Eesti_Vabariigi_Tartu_Ulikool, lk 298
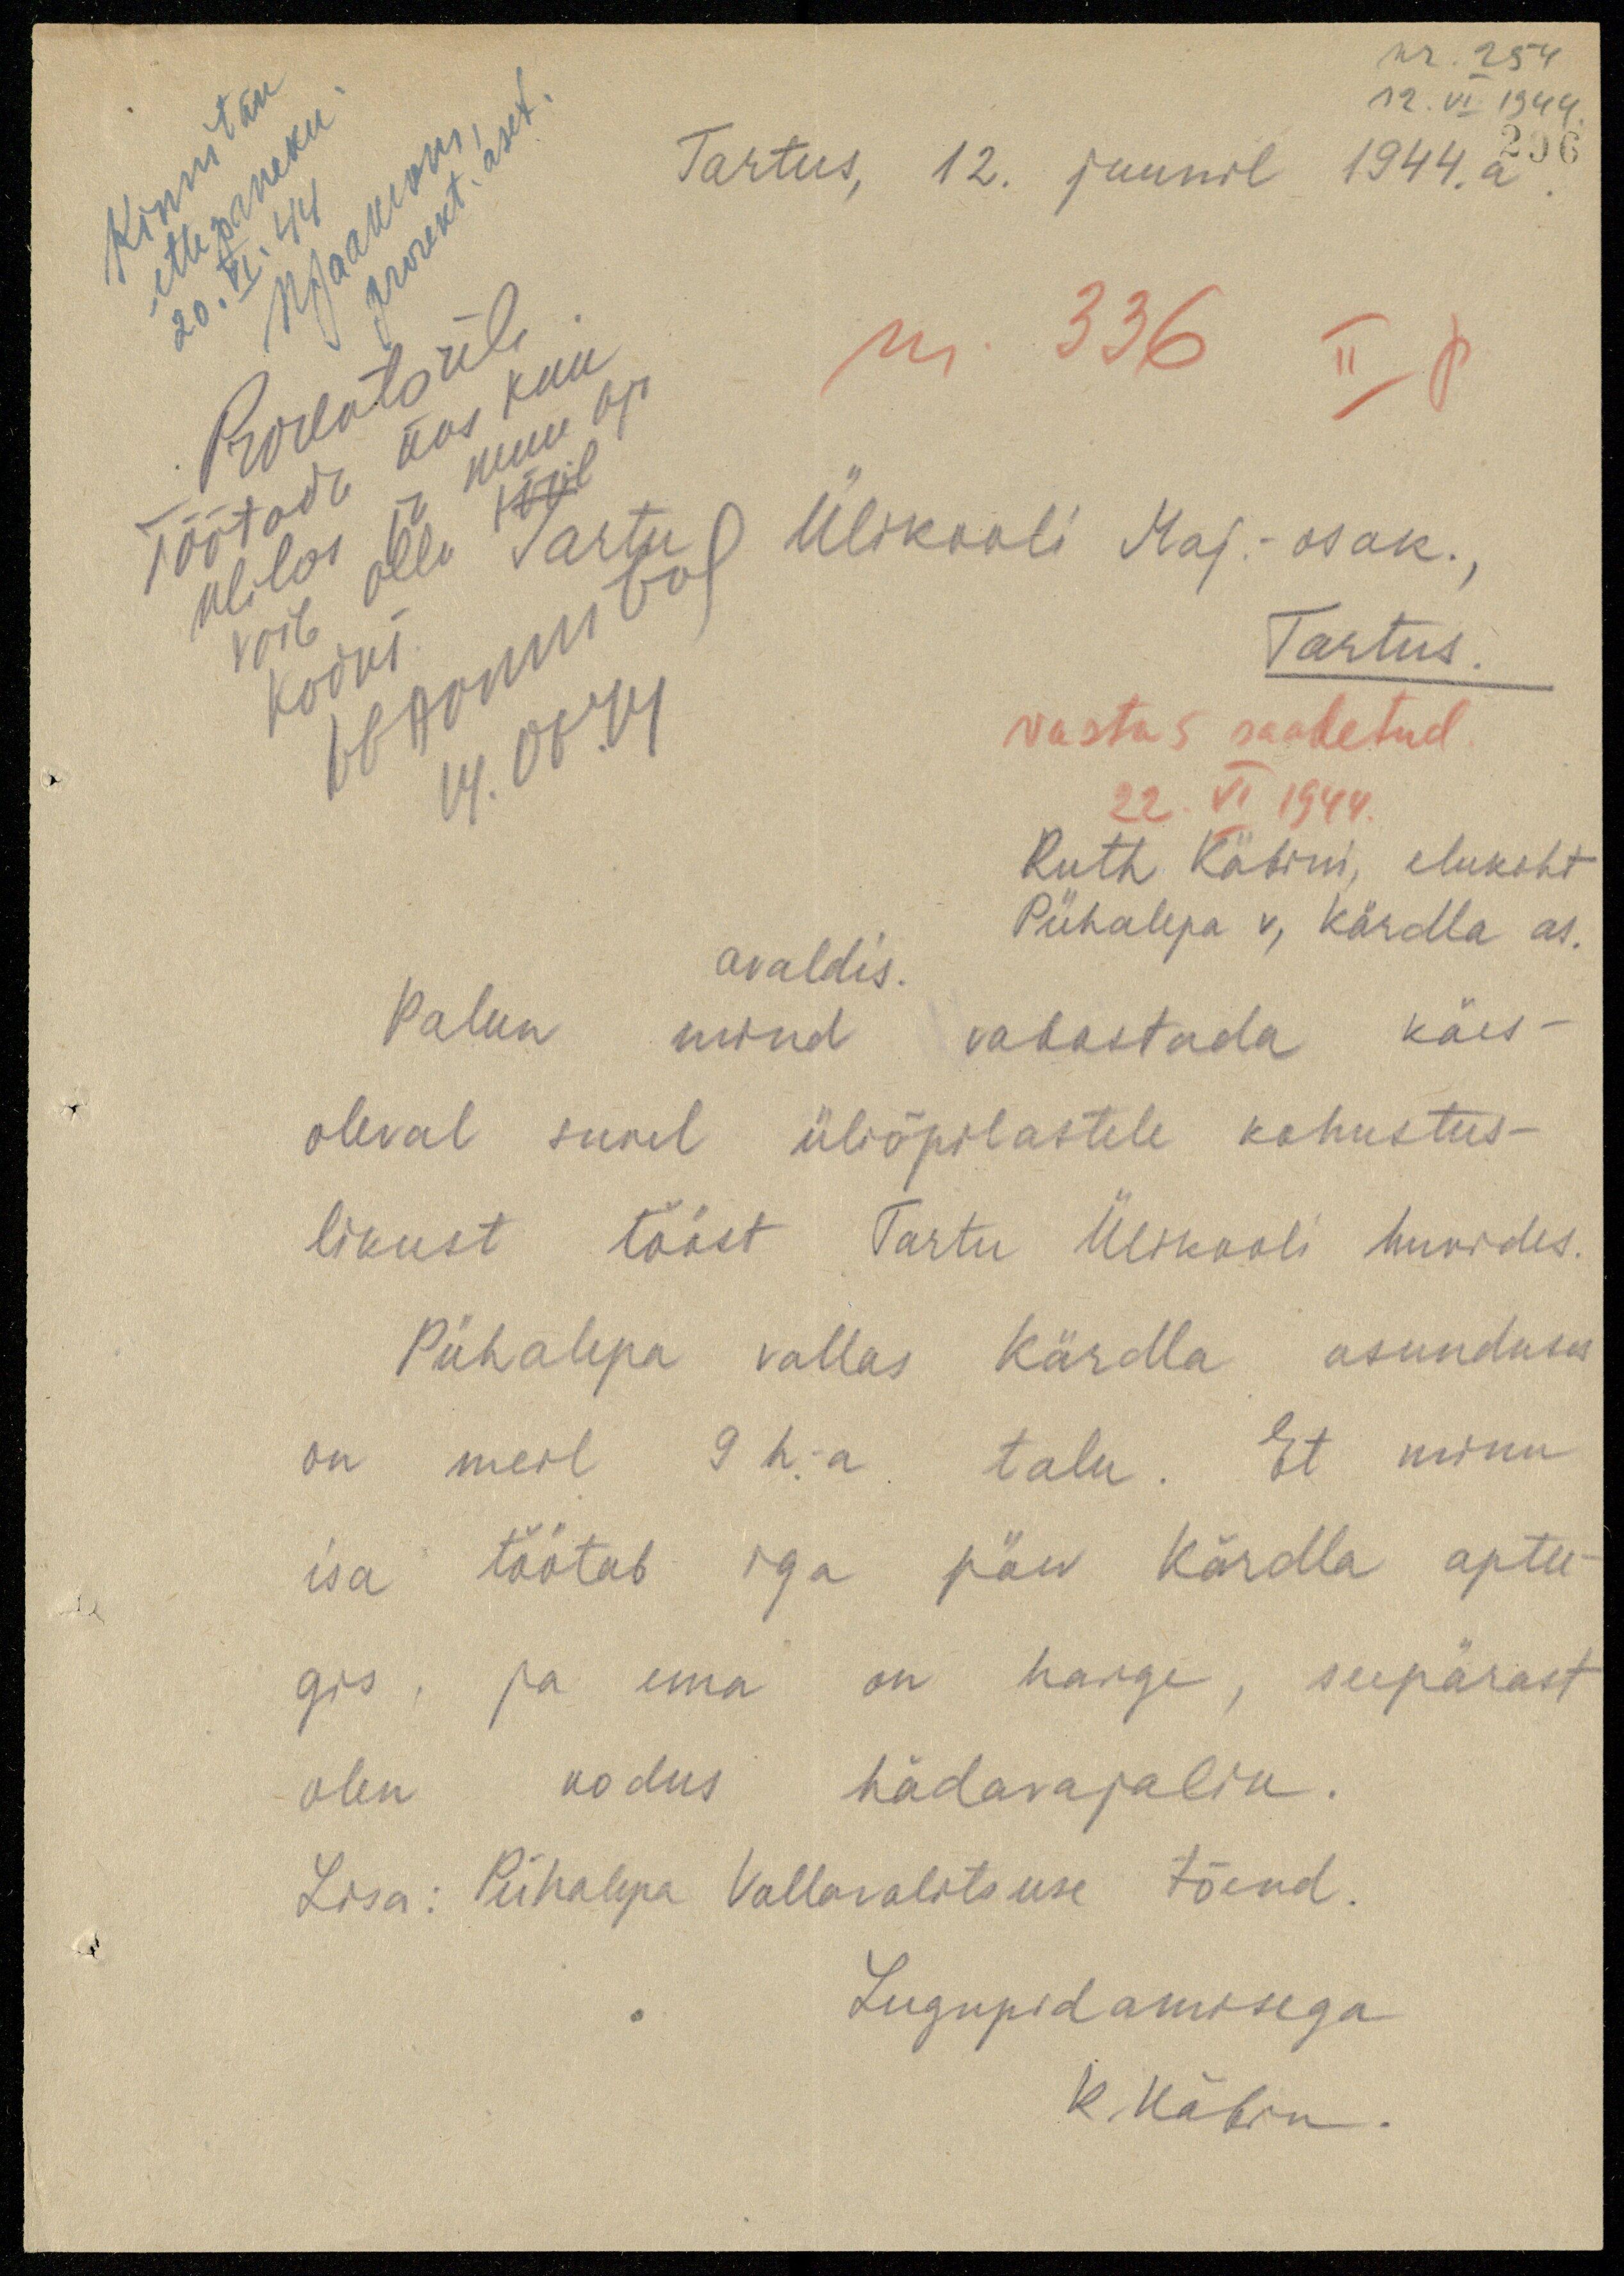
nr. 254
Kinnitan
12.VI. 1949.
ettepaneku
Tartus, 12. juunil 1944.a.
296
prorekt. aset.
MJaakson
20. VI. 44
Töötada üks kuu
nr. 336 II p.
Prorektorile
ulilas ja muu aja
Tartu Ülikooli Maj.-osak.
võib olla tööl
Tartus.
kodus
........
14.06.44
vastus saadetud
22.VI 1944.
Ruth. Käbini, elukoht
Pühalepa v, Kärdla as.
avaldis.
Palun mind vabastada käes-
oleval suvel üliõpilastele kohustus-
likust tööst Tartu Ülikooli huvides.
Pühalepa vallas Kärdla asunduses
on meil 9 h.a. talu. Et minu
isa töötab iga päev Kärdla aptee-
gis, ja ema on haige, seepärast
olen kodus hädavajalik.
Lisa: Pühalepa Vallavalitsuse tõend.
Lugupidamisega
R. Käbin.